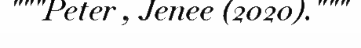
"""Peter , Jenee (2020)."""